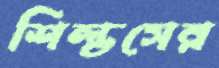
শিল্ডসের